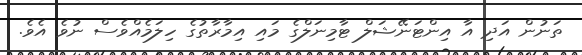
ތަނުން އަދި އާ އިންޓަނޭޝަލް ޓާމިނަލްގެ މައި އިމާރާތުގެ ހިލަމެއްވެސް ނުވެ އެވެ.